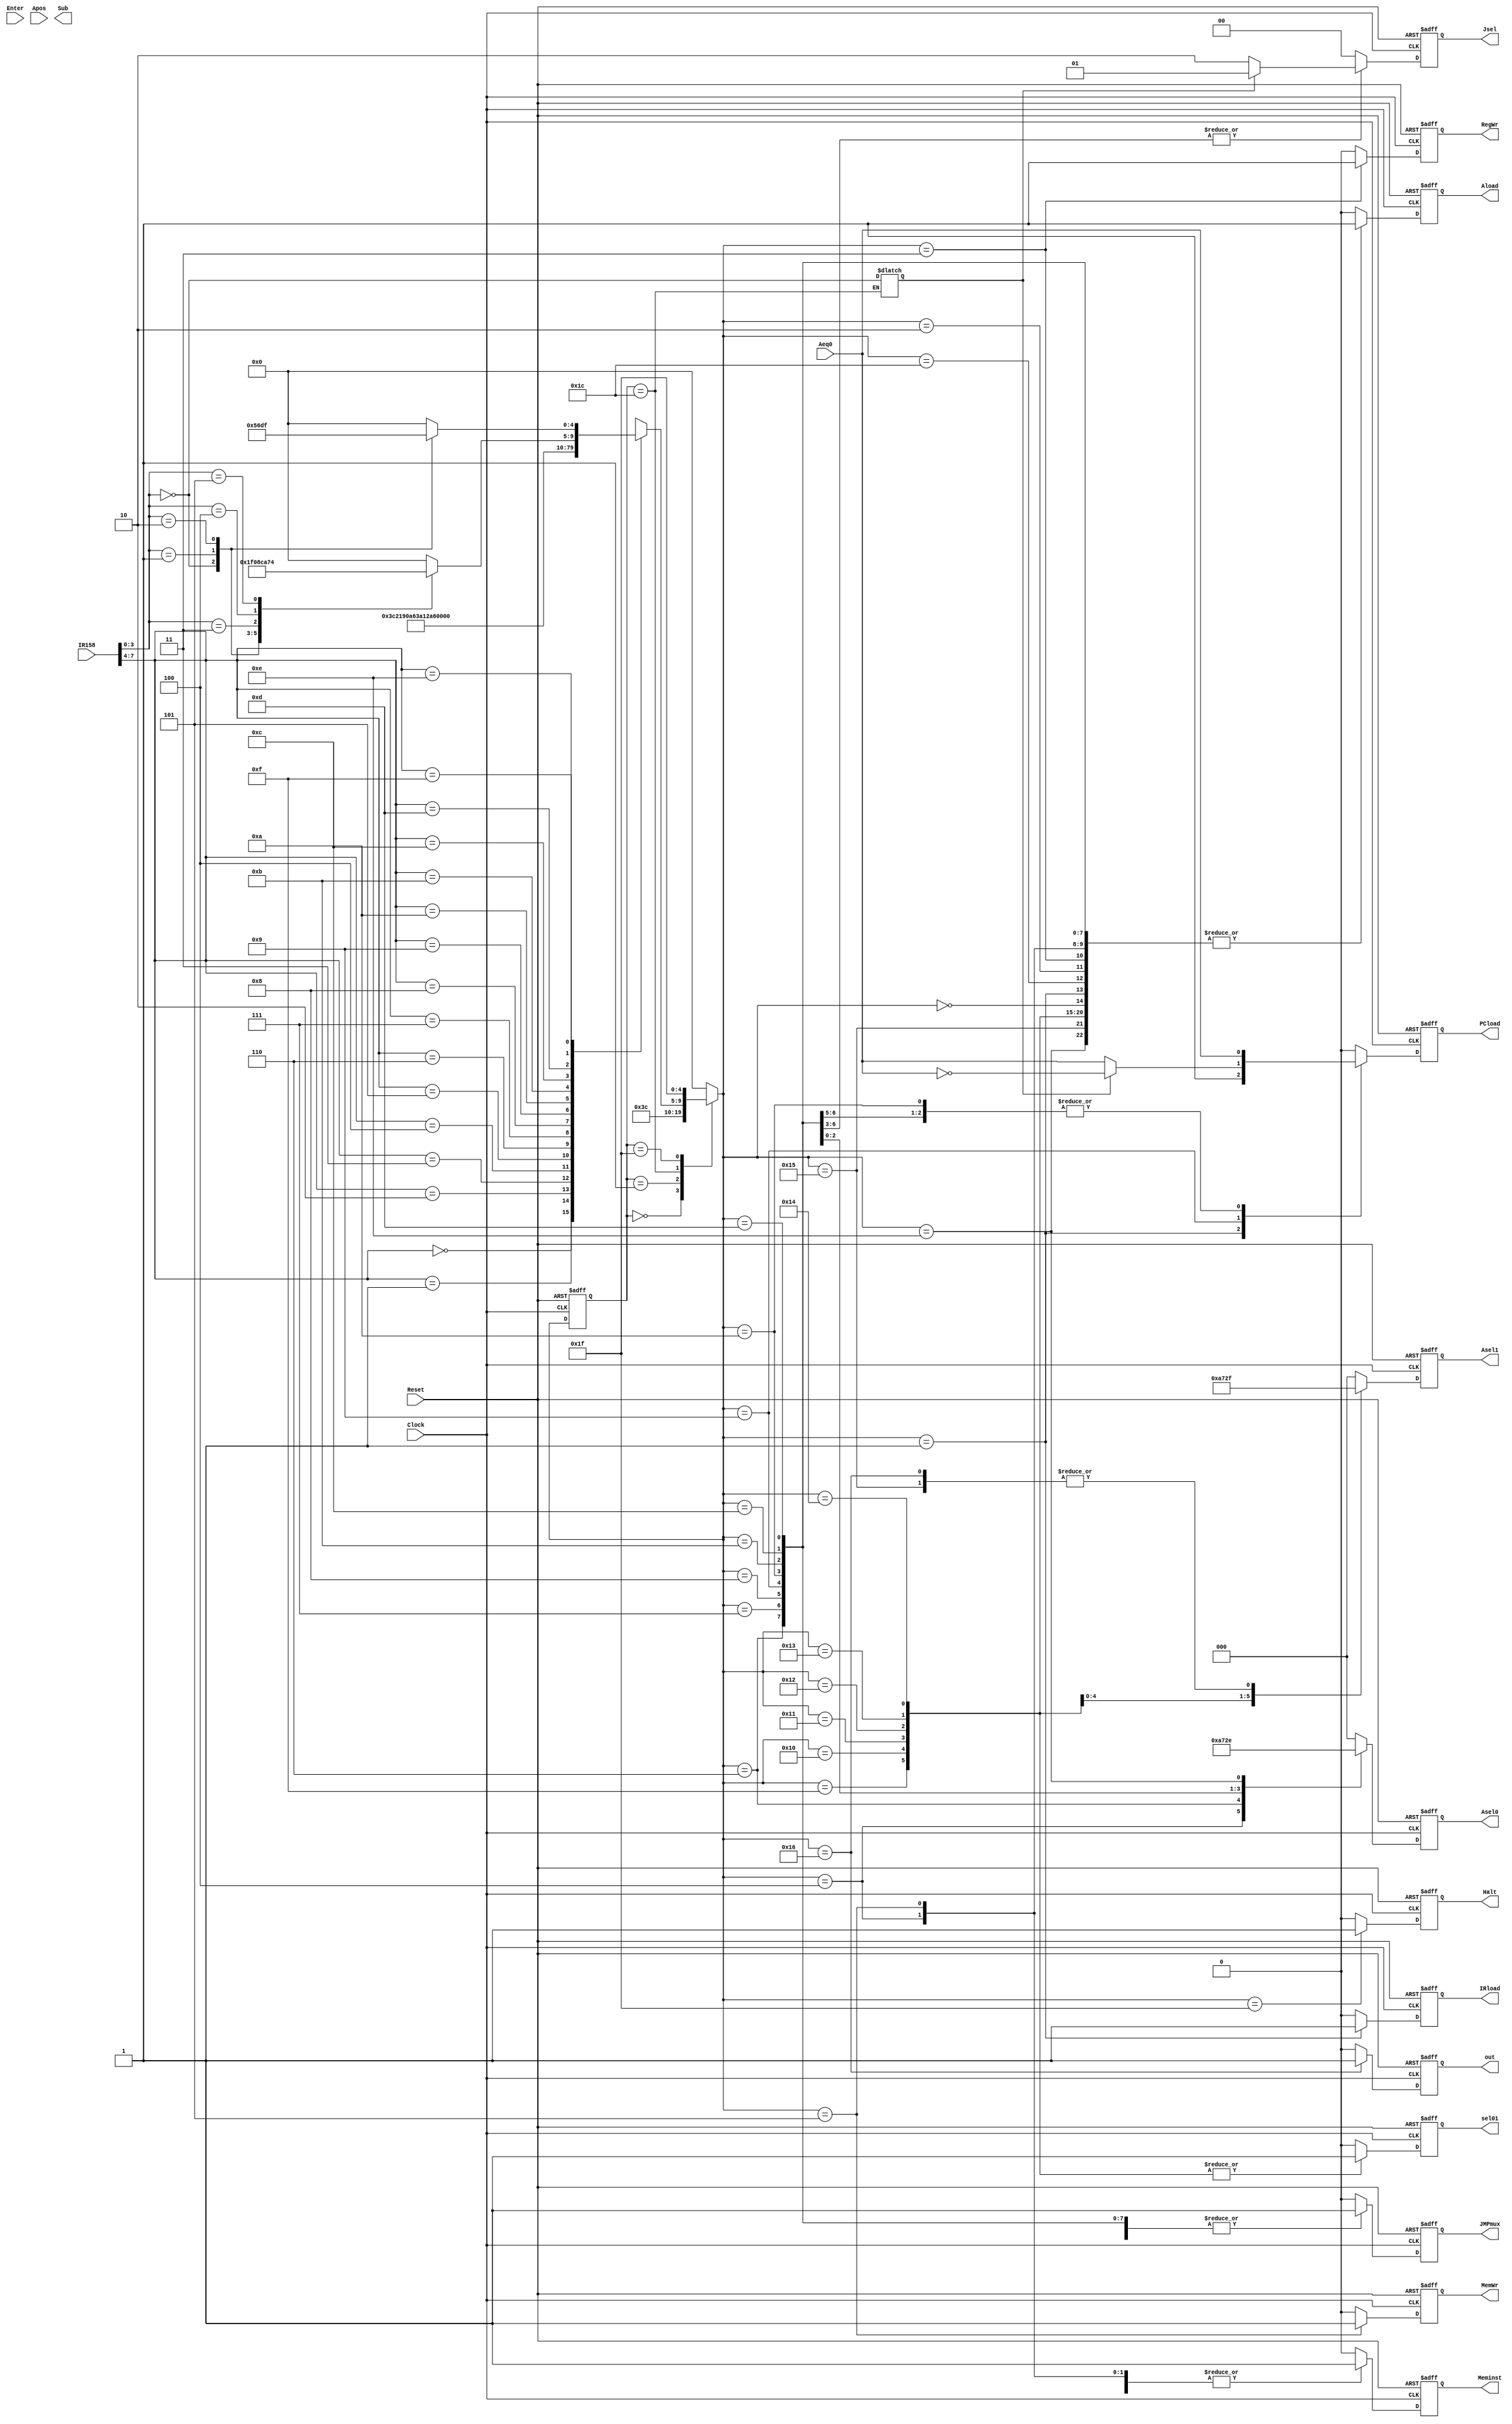
module CU(Enter,Clock,Reset,Aeq0,Apos,IR158,IRload,JMPmux,PCload,RegWr,out,
Meminst,MemWr,Asel0,Aload,Sub,Halt,sel01,Asel1,Jsel ); 
input Enter,Clock,Reset,Aeq0,Apos; 
input [7:0] IR158; 
output reg IRload,JMPmux,PCload,Meminst,MemWr,Aload,Sub,Halt,RegWr,sel01; 
output reg[2:0] Asel0,Asel1;  // 3bits
output reg [1:0]  Jsel;
output reg out;
  // Halt , ?HALT
//?? 
parameter [4:0] START=5'b00000, FETCH=5'b00001, 
DECODE=5'b11100, LDA=5'b00010,STA=5'b00011,LDM =5'b00100,
STM =5'b00101,LDI =5'b00110,JMP=5'b00111,JZ=5'b01000,JNZ=5'b01001,
JP=5'b01010,AND=5'b01011,OR=5'b01100,
ADD = 5'b01101,SUB=5'b01110,NOT=5'b01111,INC =5'b10000,
DEC  =5'b10001,SHFL = 5'b10010,SHFR=5'b10011,ROTR=5'b10100,
 In=5'b10101,OUT=5'b10110,  HALT=5'b11111,NOP =5'b11110; 
 //input ?,?inputtIn
reg [4:0] current_state, next_state; 
reg Rjudge;


//?? 
always @(posedge Clock or posedge Reset) 
if(Reset) current_state<=START; 
else 
current_state<=next_state; 
 
//??? 
always @(current_state or IR158 or Enter) 
begin
case(current_state)     
START: next_state=FETCH;     
FETCH: next_state=DECODE;  	//00->01->1c
DECODE:      begin //LDA-> LDI? 
Rjudge=(IR158[3:0]==0);		  	 	 
					case(IR158[7:4])
				    4'b0000:next_state<=NOP;
				    4'b0001:next_state<=LDA;
					4'b0010:next_state<=STA;
					4'b0011:next_state<=LDM;
					4'b0100:next_state<=STM;
					4'b0101:next_state<=LDI;
					4'b0110:next_state<=JMP;
					4'b0111:next_state<=JZ;
					4'b1000:next_state<=JNZ;
					4'b1001:next_state<=JP;
					4'b1010:next_state<=AND;
					4'b1011:next_state<=OR;
					4'b1100:next_state<=ADD;
					4'b1101:next_state<=SUB;
					4'b1110:begin 
								case(IR158[3:0]) 
								4'b0000: next_state<=NOT;
								4'b0001: next_state<=INC;
								4'b0010: next_state<=DEC;
								4'b0011: next_state<=SHFL;
								4'b0100: next_state<=SHFR;
								4'b0101: next_state<=ROTR;
								default:next_state<=START;
								endcase
							end
					4'b1111:begin 
								case(IR158[3:0]) 
								4'b0000: next_state<=In;
								4'b0001: next_state<=OUT;
								4'b0010: next_state<=HALT;
								default:next_state<=START;
								endcase
							end
				    endcase
				   end
		HALT:next_state<=HALT;
		default:next_state<=START;
		endcase
end 
 
//? 
always 	@(posedge Clock or posedge Reset) 
begin 
IRload=0;Aload=0;PCload=0;sel01=0;MemWr=0;RegWr=0;
		Asel0=0;Asel1=0;Jsel=0;Halt=0;out = 0;
//???0START???0?
if (Reset) 
   begin  
 	 IRload<=0; JMPmux<=0; PCload<=0; Meminst<=0; MemWr<=0; Asel0<=0;  
 	 Aload<=1;  Halt<=0; end 
else  
 begin   

case(next_state)   
	
    START: begin 
       PCload<=0; IRload<=0; JMPmux<=0; Meminst<=0; MemWr<=0; Asel0<=0;  

 	   Aload<=1;  Halt<=0;  
        end 

    FETCH: begin 
 	    PCload<=1;Meminst<=0; IRload<=1; JMPmux<=0;  MemWr<=0; Asel0<=0; 
 	    Aload<=1;  Halt<=0;  	   
        end 

    DECODE: begin 
 	     PCload<=0; IRload<=0; JMPmux<=0; Meminst<=1; MemWr<=0;  
 	     Asel0<=0; Aload<=1;  Halt<=0; 
 	    end 


    LDA: begin 
 	     PCload<=0; IRload<=0; JMPmux<=0; Meminst<=0; MemWr<=0; //?
		  // RegisterALU
		 RegWr<= 0; //
		 Asel0<=3'b000; 
		 sel01 <=0; 
 	     Aload<=1;  Halt<=0; 
 	 	end 

    STA: begin 
 	    PCload<=0; IRload<=0; JMPmux<=0; Meminst<=0; MemWr<=0; Asel0<=3'b000; 
		sel01 <=0;  RegWr <=1 ;   //A??
 	    Aload<=1;  Halt<=0; 
 	   end 

    LDM: begin 

 	    PCload<=0; IRload<=0; JMPmux<=0; Meminst<=1; MemWr<=0; Asel0<=3'b001; 
		sel01 = 0;
 	    Aload<=1;  Halt<=0; 
 	   end 

   STM: begin //
 	    PCload<=0; IRload<=0; JMPmux<=0; Meminst<=1; //
		Asel0<=3'b000; 
		MemWr =1 ;//RAM 
 	    Aload<=1;  Halt<=0; 
 	 	end 

   LDI: begin //RAMA
 	   PCload<=0; IRload<=0; JMPmux<=1; Meminst<=0; MemWr<=0; 
		Asel0<=3'b010;  sel01 <= 0;
 	    Aload<=1;  Halt<=0; 
 	   end 

 	JMP:begin 
		if(Rjudge) begin
			PCload<=Aeq0; IRload<=0; JMPmux<=1; Meminst<=0; MemWr<=0; Asel0<=2'b00; 
			Jsel = 2'b01;   //
			Aload<=1;  Halt<=0;  
		end
		else 
			begin
			PCload<=Aeq0; IRload<=0; JMPmux<=1; Meminst<=0; MemWr<=0; Asel0<=2'b00; 
			Jsel =2'b10;
			Aload<=1;  Halt<=0; 
			end
 	   end 
    JZ:begin 
		if(Rjudge) begin   // ?
			PCload<=Aeq0; IRload<=0; JMPmux<=1; Meminst<=0; MemWr<=0; Asel0<=2'b00; 
			Jsel = 2'b01;
			Aload<=1;  Halt<=0;  
		end
		else 
			begin   // IR[5:0]PC?
			PCload<=Aeq0; IRload<=0; JMPmux<=1; Meminst<=0; MemWr<=0; Asel0<=2'b00; 
			Jsel = 2'b10;
			Aload<=1;  Halt<=0; 
			end
 	   end 
	JNZ:begin 
		if(Rjudge) begin
			PCload<=!Aeq0; IRload<=0; JMPmux<=1; Meminst<=0; MemWr<=0; Asel0<=2'b00; 
			Jsel = 2'b01;
			Aload<=1;  Halt<=0;  
		end
		else 
			begin
			PCload<=Aeq0; IRload<=0; JMPmux<=1; Meminst<=0; MemWr<=0; Asel0<=2'b00; 
			Jsel = 2'b10;
			Aload<=1;  Halt<=0; 
			end
 	   end 
	 JP:begin   // 
		if(Rjudge) begin
			PCload<=Aeq0; IRload<=0; JMPmux<=1; Meminst<=0; MemWr<=0; Asel0<=2'b00; 
			Jsel = 2'b01;
			Aload<=1;  Halt<=0;  
		end
		else 
			begin
			PCload<=Aeq0; IRload<=0; JMPmux<=1; Meminst<=0; MemWr<=0; Asel0<=2'b00; 
			Jsel = 2'b10;
			Aload<=1;  Halt<=0; 
			end
 	   end 

	//  R(xxx)? sel01 = 0;
	AND: begin 
 	   PCload<=0; IRload<=0; JMPmux<=1; Meminst<=0; MemWr<=0; Asel0<=3'b011; 
		sel01 = 0;
 	    Aload<=1;  Halt<=0; 
 	   end 
	OR: begin 
 	   PCload<=0; IRload<=0; JMPmux<=1; Meminst<=0; MemWr<=0; Asel0<=3'b100; 
		sel01 = 0;
 	    Aload<=1;  Halt<=0; 
 	   end 
	ADD: begin 
 	   PCload<=0; IRload<=0; JMPmux<=1; Meminst<=0; MemWr<=0; Asel0<=3'b101; 
		sel01 = 0;
 	    Aload<=1;  Halt<=0; 
 	   end 
	SUB: begin 
 	   PCload<=0; IRload<=0; JMPmux<=1; Meminst<=0; MemWr<=0; Asel0<=3'b110; 
		sel01 = 0;
 	    Aload<=1;  Halt<=0; 
 	   end 
	In: begin 
 	   PCload<=0; IRload<=0; JMPmux<=1; Meminst<=0; MemWr<=0; Asel1<=3'b111; 
		sel01 = 0;
 	    Aload<=1;  Halt<=0; 
 	end 
		//  A? sel01 = 1;
	NOT: begin  
 	   PCload<=0; IRload<=0; JMPmux<=1; Meminst<=0; MemWr<=0; Asel1<=3'b000; 
		sel01 = 1;
 	    Aload<=1;  Halt<=0; 
 	   end 
	INC: begin 
 	   PCload<=0; IRload<=0; JMPmux<=1; Meminst<=0; MemWr<=0; Asel1<=3'b001; 
		sel01 = 1;
 	    Aload<=1;  Halt<=0; 
 	   end 
	DEC: begin 
 	   PCload<=0; IRload<=0; JMPmux<=1; Meminst<=0; MemWr<=0; Asel1<=3'b010; 
		sel01 = 1;
 	    Aload<=1;  Halt<=0; 
 	   end 
	SHFL: begin 
 	   PCload<=0; IRload<=0; JMPmux<=1; Meminst<=0; MemWr<=0; Asel1<=3'b011; 
		sel01 = 1;
 	    Aload<=1;  Halt<=0; 
 	   end 
	SHFR: begin 
 	   PCload<=0; IRload<=0; JMPmux<=1; Meminst<=0; MemWr<=0; Asel1<=3'b100; 
		sel01 = 1;
 	    Aload<=1;  Halt<=0; 
 	   end 
	ROTR: begin 
 	   PCload<=0; IRload<=0; JMPmux<=1; Meminst<=0; MemWr<=0; Asel1<=3'b101; 
		sel01 = 1;
 	    Aload<=1;  Halt<=0; 
 	   end 
	OUT: begin 
 	   PCload<=0; IRload<=0; JMPmux<=1; Meminst<=0; MemWr<=0; Asel1<=3'b111; 
		sel01 = 0; out =1 ;        //?
 	    Aload<=0;  Halt<=0; 
 	end 
 	HALT: begin 
 	     PCload<=0; IRload<=0; JMPmux<=0; Meminst<=0; MemWr<=0; Asel0<=2'b00; 
 	     Aload=0;  Halt<=1; 
 	 	end 
 	default: begin   
            PCload<=0; IRload<=0; JMPmux<=0; Meminst<=0; MemWr<=0;  
			sel01 = 0; out =0 ; 
             Aload=0; 
// NOP ??
 	 	  end 
    endcase 
 end
end
 endmodule